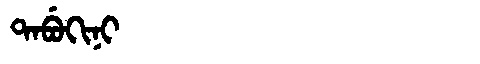
Manchu: ᡨᠠᠪᡠᡴᡳᠨᡳ
Romanization: TABUKINI